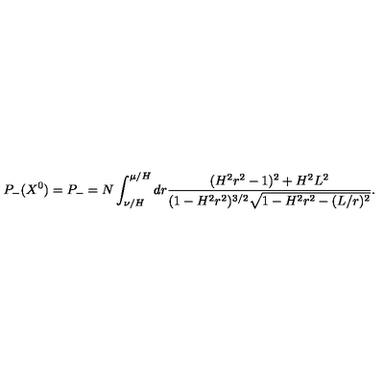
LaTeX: P _ { - } ( X ^ { 0 } ) = P _ { - } = N \int _ { \nu / H } ^ { \mu / H } d r \frac { ( H ^ { 2 } r ^ { 2 } - 1 ) ^ { 2 } + H ^ { 2 } L ^ { 2 } } { ( 1 - H ^ { 2 } r ^ { 2 } ) ^ { 3 / 2 } \sqrt { 1 - H ^ { 2 } r ^ { 2 } - ( L / r ) ^ { 2 } } } .